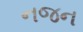
નજન